Annual administration report of the Civil Veterinary Department of India - 1897-1898
Year: 1897
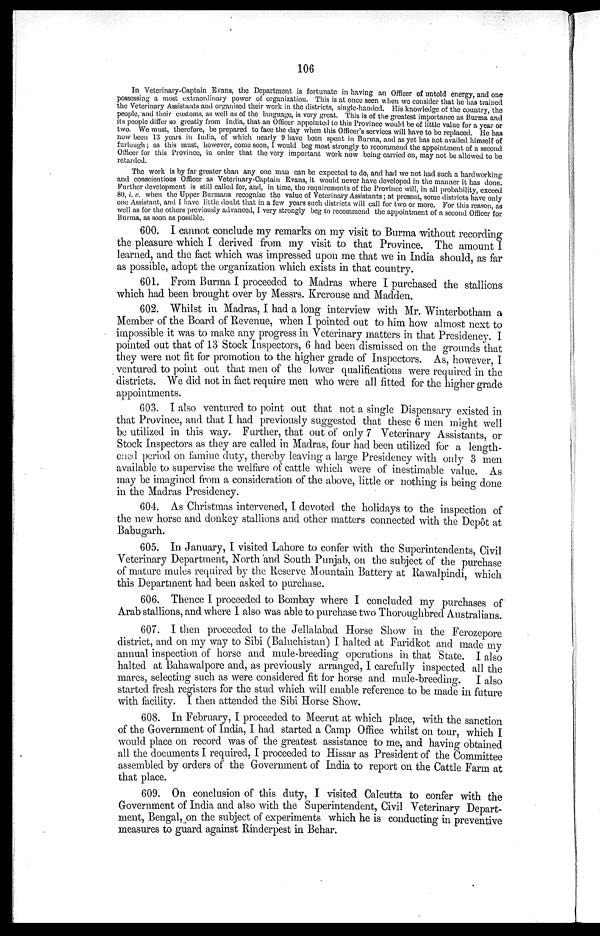
106
In Veterinary-Captain Evans, the Department is fortunate in having an Officer of untold energy, and one
possessing a most extraordinary power of organization This is at once seen when we consider that he has trained
the Veterinary Assistants and organised their work in the districts, single-handed. His knowledge of the country, the
people, and their customs, as well as of the language, is very great. This is of the greatest importance as Burma and
its people differ so greatly from India, that an Officer appointed to this Province would be of little value for a year or
two. We must, therefore, be prepared to face the day when this Officer's services will have to be replaced He has
now been 13 years in India, of which nearly 9 have been spent in Burma, and as yet has not availed himself of
furlough; as this must, however, come soon, I would beg most strongly to recommend the appointment of a second
Officer for this Province, in order that the very important work now being carried on, may not be allowed to be
retarded.
The work is by far greater than any one man can be expected to do, and had we not had such a hardworking
and conscientious Officer as Veterinary-Captain Evans, it would never have developed in the manner it has done.
Further development is still called for, and, in time, the requirements of the Province will, in all probability, exceed
80,i, c. when the Upper Burmans recognize the value of Veterinary Assistants; at present, some districts have only
one Assistant, and I have little doubt that in a few years such districts will call for two or more. For this reason, as
well as for the others previously advanced, I very strongly beg to recommend the appointment of a second Officer for
Burma, as soon as. possible.
600. I cannot conclude my remarks on my visit to Burma without recording
the pleasure which I derived from my visit to that Province. The amount I
learned, and the fact which was impressed upon me that we in India should, as far
as possible, adopt the organization which exists in that country.
601. From Burma I proceeded to Madras where I purchased the stallions
which had been brought over by Messrs. Krcrouse and Madden.
602. Whilst in Madras, I had a long interview with Mr. Winterbotham a
Member of the Board of Revenue, when I pointed out to him how almost next to
impossible it was to make any progress in Veterinary matters in that Presidency. I
pointed out that of 13 Stock Inspectors, 6 had been dismissed on the grounds that
they were not fit for promotion to the higher grade of Inspectors. As, however, I
ventured to point out that men of the lower qualifications were required in the
districts. We did not in fact require men who were all fitted for the higher grade
appointments.
603. I also ventured to point out that not a single Dispensary existed in
that Province, and that I had previously suggested that these 6 men might well
be utilized in this way. Further, that out of only 7 Veterinary Assistants or
Stock Inspectors as they are called in Madras, four had been utilized for a length-
ened period on famine duty, thereby leaving a large Presidency with only 3 men
available to supervise the welfare of cattle which were of inestimable value. As
may be imagined from a consideration of the above, little or nothing is being done
in the Madras Presidency.
604. As Christmas intervened, I devoted the holidays to the inspection of
the new horse and donkey stallions and other matters connected with the Depôt at
Babugarh.
605. In January, I visited Lahore to confer with the Superintendents, Civil
Veterinary Department, North and South Punjab, on the subject of the purchase
of mature mules required by the Reserve Mountain Battery at Rawalpindi, which
this Department had been asked to purchase.
606. Thence I proceeded to Bombay where I concluded my purchases of
Arab stallions, and where I also was able to purchase two Thoroughbred Australians.
607. I then proceeded to the Jellalabad Horse Show in the Ferozepore
district, and on my way to Sibi (Baluchistan) I halted at Faridkot and made my
annual inspection of horse and mule-breeding operations in that State. I also
halted at Bahawalpore and, as previously arranged, I carefully inspected all the
mares, selecting such as were considered fit for horse and mule-breeding. I also
started fresh registers for the stud which will enable reference to be made in future
with facility. I then attended the Sibi Horse Show.
608. In February, I proceeded to Meerut at which place, with the sanction
of the Government of India, I had started a Camp Office whilst on tour which I
would place on record was of the greatest assistance to me, and having- obtained
all the documents I required, I proceeded to Hissar as President of the Committee
assembled by orders of the Government of India to report on the Cattle Farm at
that place.
609. On conclusion of this duty, I visited Calcutta to confer with the
Government of India and also with the Superintendent, Civil Veterinary Depart-
ment, Bengal, on the subject of experiments which he is conducting in preventive
measures to guard against Rinderpest in Behar.